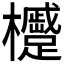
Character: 𪴢